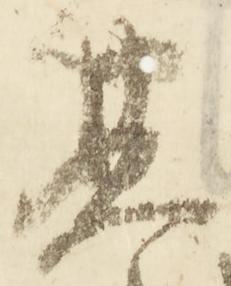
基